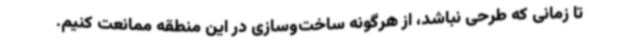
تا زمانی که طرحی نباشد، از هرگونه ساخت‌وسازی در این منطقه ممانعت کنیم.